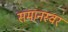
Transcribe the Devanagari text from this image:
समानस्वर